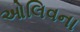
ઓલિવના